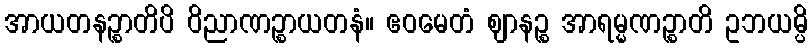
အာယတနဉ္စာတိပိ ဝိညာဏဉ္စာယတနံ။ ဧဝမေတံ ဈာနဉ္စ အာရမ္မဏဉ္စာတိ ဥဘယမ္ပိ